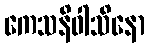
ကေသနိဝါသိနော